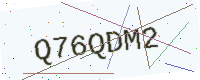
Text: Q76QDM2